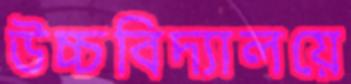
উচ্চবিদ্যালয়ে